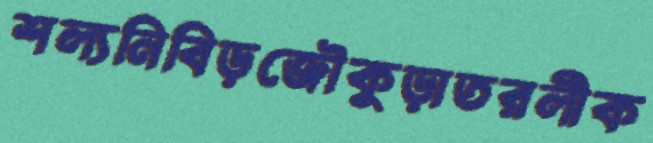
শল্যনিবিড়জৌকুড়াতরলীক